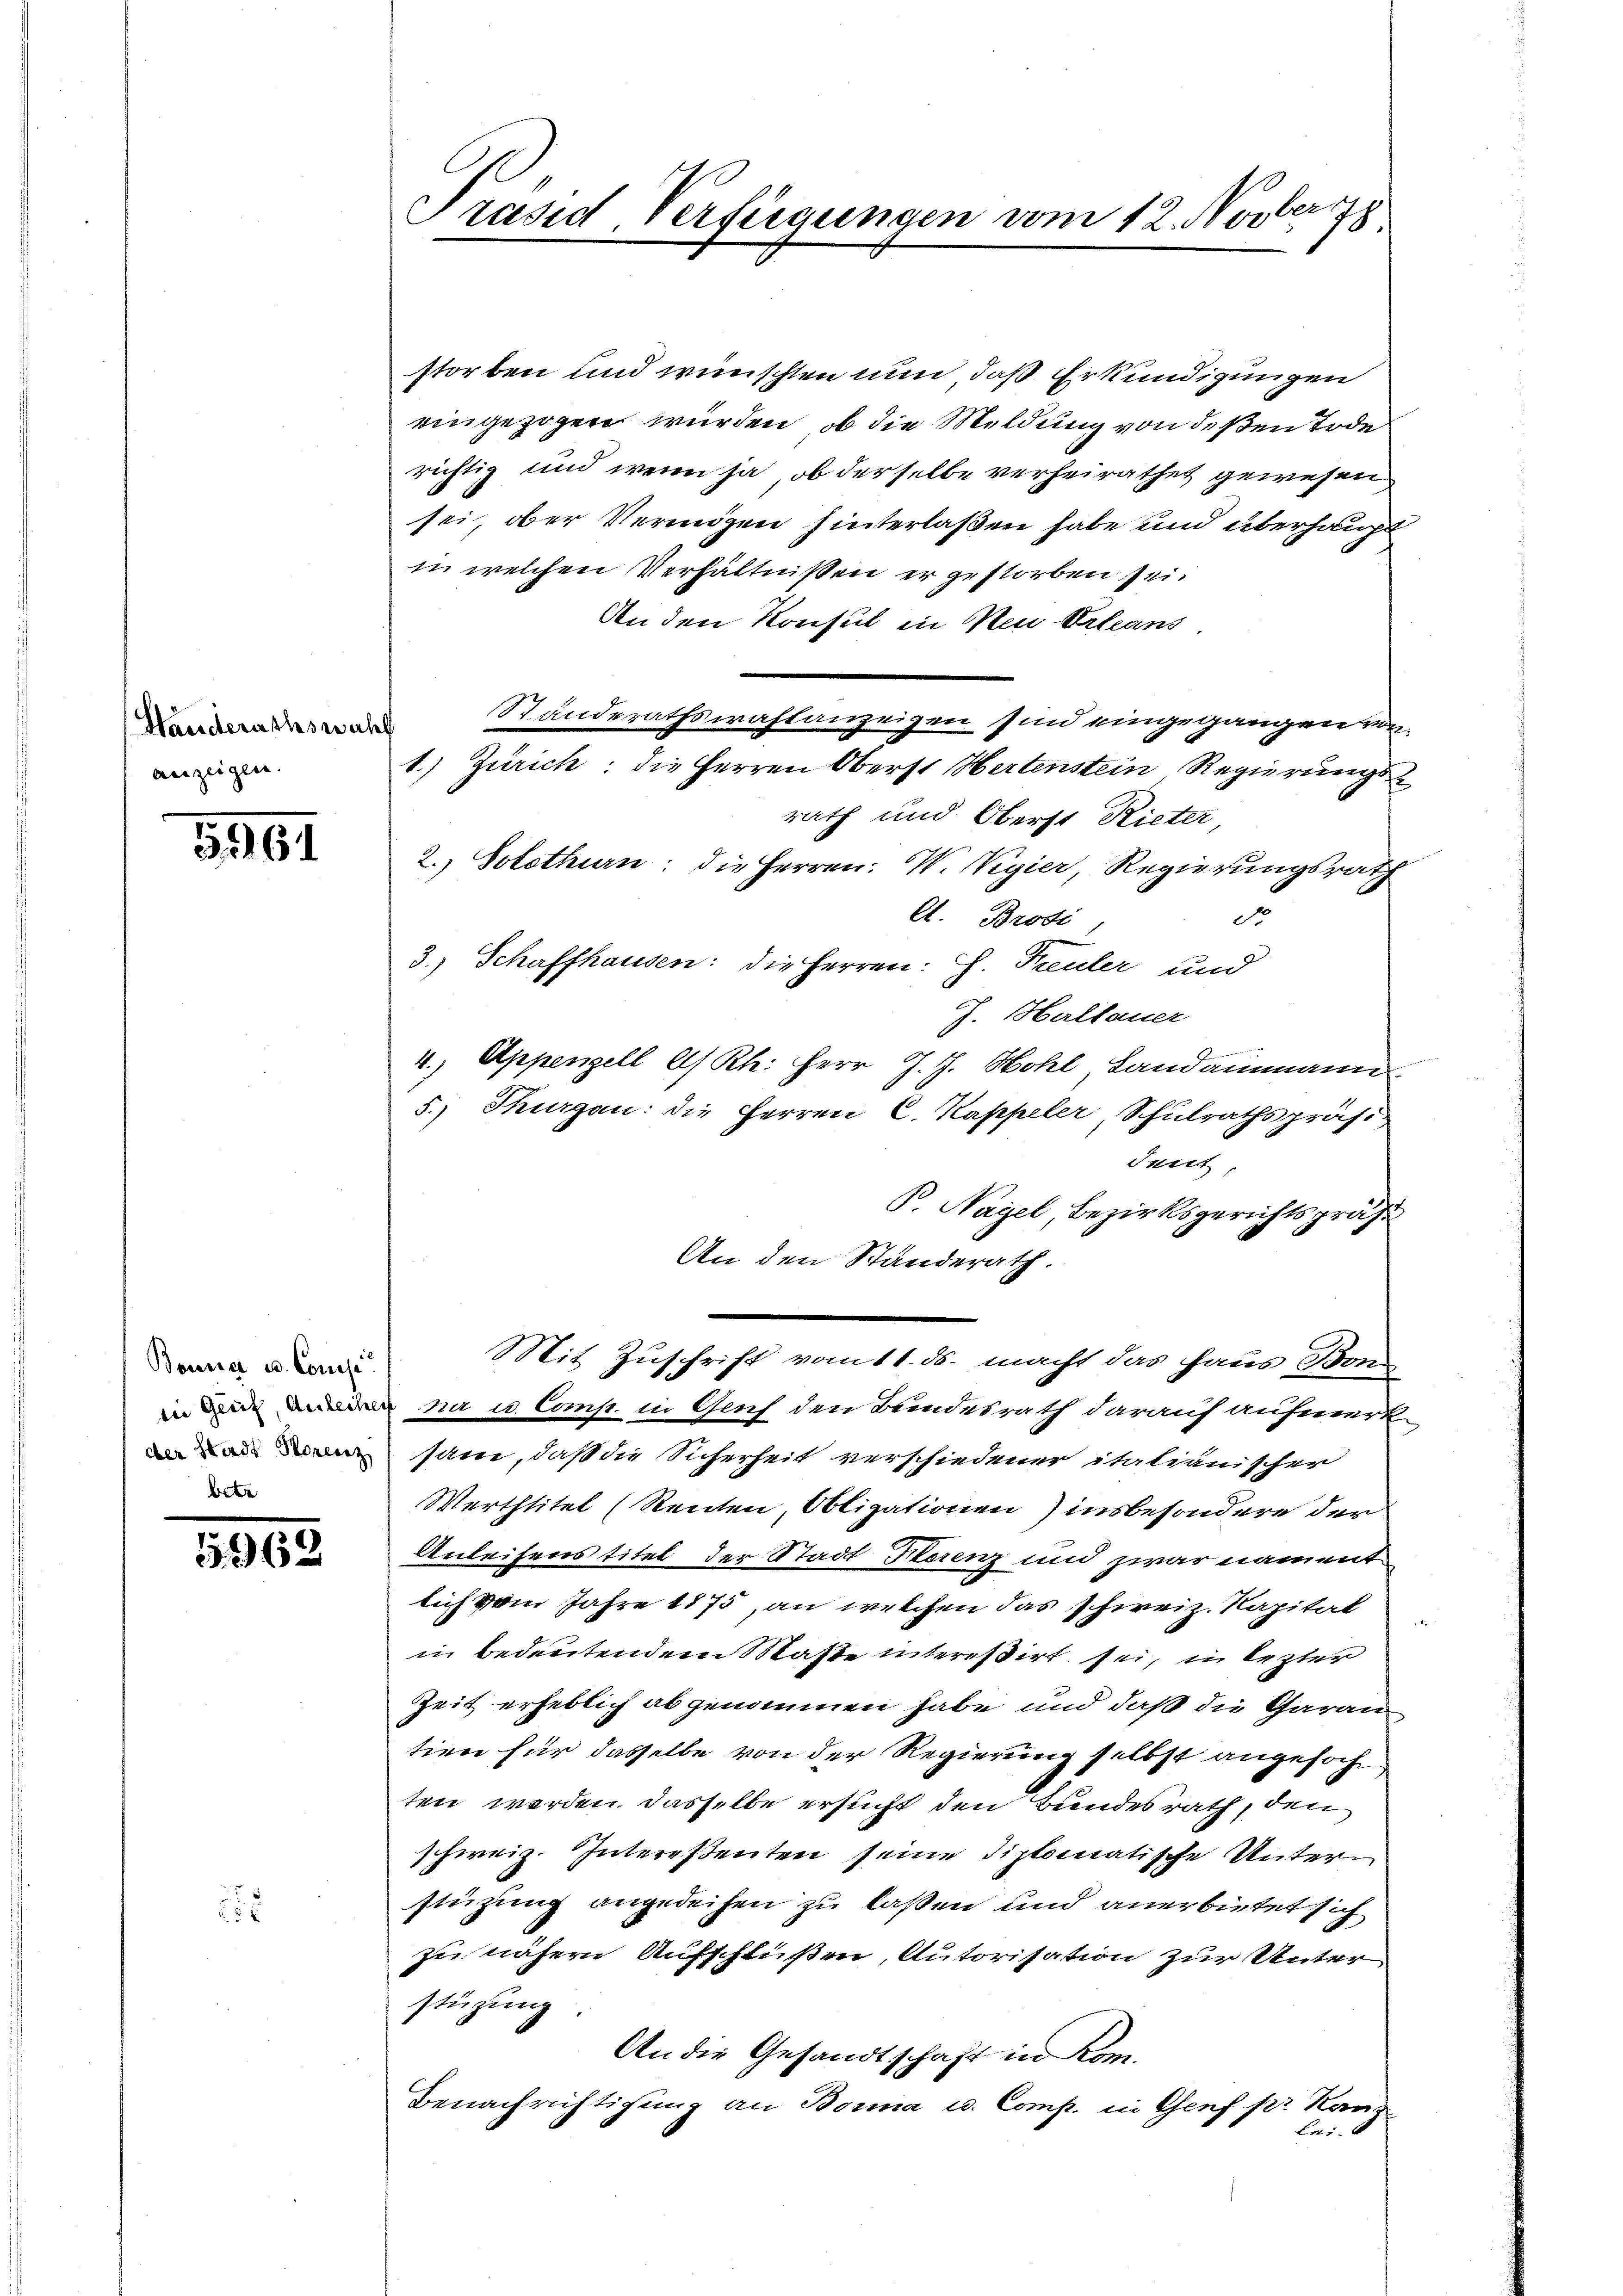
Handerathswa
auzeigen.

5261

Bonna u. Consi
die Gleif, Anleiher
der Stadt Horenz
bete

5962

8

Präsid, Verfügungen vom 12. Novber 78

storben und wünschten nun, daß Erkundigungen
eingezogen wurden, ob die Meldung von deßen Tode
richtig und wenn ja, ob derselbe verheirathet gewesen
sei, ober Vermögen hinterlaßen habe und überhaupt
in welchen Verhältnißen er gestorben sei.
An den Konsul in Neu Orleans,
Standerathswahlanzeigen sind eingegangen von
c
1.) Zürich; die Herren Oberst Hertenstein Regierungsrath und Oberst Rieter
2.) Solothurn, die Herren. W. Vigier, Regierungsrath
d
A. Broti,
3.) Schaffhausen: die Herren: H. Treuler und
J. Hallauer
4., Appenzell A/Rh. Herr J. J. Hohl, Landammann
5.) Thurgau: die Herren C. Kappeler Schulrathspräsi
Juit
B. Nagel, Bezirksgerichtspräs
An den Standerath.
Mit Zuschrift vom 11. ds. macht das Haus Bon
 na u. Comp. in Gluf den Bundesrath darauf aufmerk
säne, daß die Sicherheit verschiedener italianischer
Werthtitel (Renten, Obligationen) insbesondere der
Anleisens titel der Stadt Storenz und zwar nament
lich vom Jahre 1875, an welchen das schweiz. Kapital
in bedeutendem Maße interessirt sei, in lezter
Zeit erheblich abgenommen habe und daß die Garan
tien für dasselbe von der Regierung selbst angefoch
ten werden dasselbe ersucht den Bundesrath, den
schweiz. Intereßenten seine diplomatische Unterstüzung angedeihen zu lassen und anerbietet sich
zu nähern Aufschlüßen, Autorisation zur Unter
stüzung
An die Gesandtschaft in Kom¬
Benachrichtigung an Bonna u. Comp. in Genf pr Kanz
Er